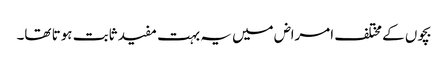
بچوں کے مختلف امراض میں یہ بہت مفید ثابت ہوتا تھا۔